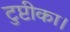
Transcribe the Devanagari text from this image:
टुप्टीका।